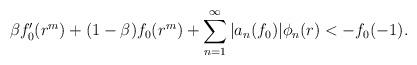
LaTeX: \begin{align*}\beta f'_{0}(r^m)+ (1-\beta)f_{0}(r^m) +\sum_{n=1}^{\infty}|a_n(f_{0})|\phi_{n}(r) < -f_{0}(-1).\end{align*}